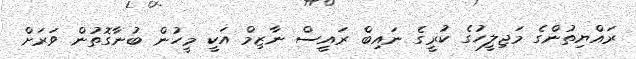
ރައްޔިތުންގެ މަޖިލީހުގެ ކުރީގެ ނައިބް ރައީސް ނާޒިމް އަކީ މީހުން ބުނާގޮތުން ވަރަށް